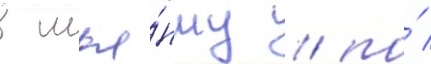
в мья́нму / по́